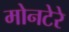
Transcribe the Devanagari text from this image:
मोनटेरे